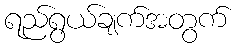
ရည်ရွယ်ချက်အတွက်